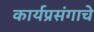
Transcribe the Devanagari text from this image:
कार्यप्रसंगाचे